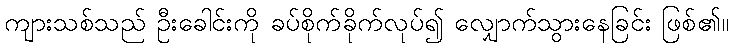
ကျားသစ်သည် ဦးခေါင်းကို ခပ်စိုက်ခိုက်လုပ်၍ လျှောက်သွားနေခြင်း ဖြစ်၏။